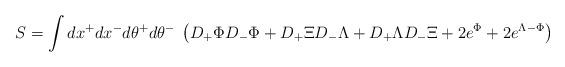
LaTeX: \begin{align*}S=\int dx^+dx^-d\theta^+d\theta^-\;\left( D_+\Phi D_-\Phi+D_+\Xi D_-\Lambda +D_+\Lambda D_-\Xi+2e^\Phi+2e^{\Lambda -\Phi}\right )\end{align*}